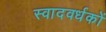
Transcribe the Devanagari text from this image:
स्वादवर्धकों